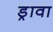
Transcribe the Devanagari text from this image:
ड्रावा